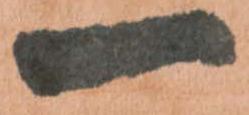
一